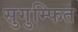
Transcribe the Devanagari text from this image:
सुगुम्फित